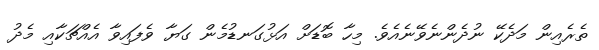
ތެރެއިން މަދެކޭ ނުދެންނެވޭނެއެވެ. މިހާ ބޮޑަށް އަޅުގަނޑުމެން ގަޔާ ވެފައިވާ އެއްޗަކާއި މެދު